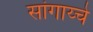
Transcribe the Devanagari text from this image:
सांगाय्चे